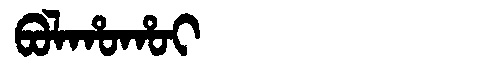
Manchu: ᠪᠣᠯᡥᠣᡥᠣᡳ
Romanization: BOLHOHOI